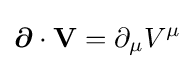
{\boldsymbol {\partial }}\cdot \mathbf {V} =\partial _{\mu }V^{\mu }